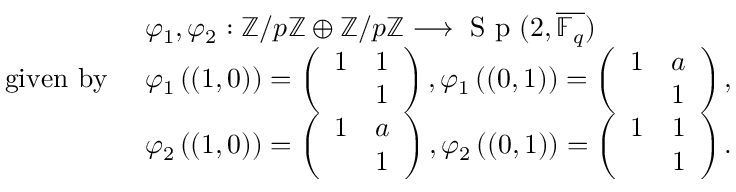
\begin{array} { r l } & { \varphi _ { 1 } , \varphi _ { 2 } : \ensuremath { \mathbb { Z } } / p \ensuremath { \mathbb { Z } } \oplus \ensuremath { \mathbb { Z } } / p \ensuremath { \mathbb { Z } } \longrightarrow \textup { S p } ( 2 , \overline { { \mathbb { F } _ { q } } } ) } \\ { \mathrm { g i v e n ~ b y ~ } } & { \varphi _ { 1 } \left( ( 1 , 0 ) \right) = \left( \begin{array} { l l } { 1 } & { 1 } \\ & { 1 } \end{array} \right) , \varphi _ { 1 } \left( ( 0 , 1 ) \right) = \left( \begin{array} { l l } { 1 } & { a } \\ & { 1 } \end{array} \right) , } \\ & { \varphi _ { 2 } \left( ( 1 , 0 ) \right) = \left( \begin{array} { l l } { 1 } & { a } \\ & { 1 } \end{array} \right) , \varphi _ { 2 } \left( ( 0 , 1 ) \right) = \left( \begin{array} { l l } { 1 } & { 1 } \\ & { 1 } \end{array} \right) . } \end{array}